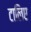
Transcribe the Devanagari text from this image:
टालिए